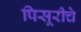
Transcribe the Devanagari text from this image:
पिसूरीचे